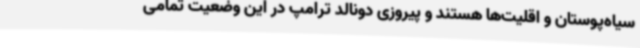
سیاه‌پوستان و اقلیت‌ها هستند و پیروزی دونالد ترامپ در این وضعیت تمامی